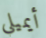
أيميلي